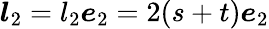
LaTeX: \boldsymbol{l}_{2}=l_{2}\boldsymbol{e}_{2}=2(s+t)\boldsymbol{e}_{2}